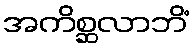
အကိစ္ဆလာဘိံ